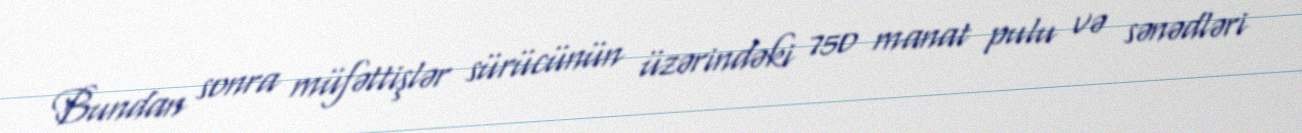
Bundan sonra müfəttişlər sürücünün üzərindəki 750 manat pulu və sənədləri